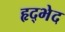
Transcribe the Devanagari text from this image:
हृद्भेद